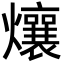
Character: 爙